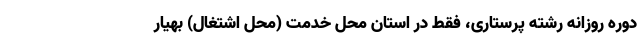
دوره روزانه رشته پرستاری، فقط در استان محل خدمت (محل اشتغال) بهیار